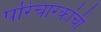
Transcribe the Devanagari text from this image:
परिचारकांची